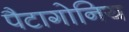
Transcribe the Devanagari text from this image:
पैटागोनिय